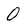
Character: 0